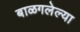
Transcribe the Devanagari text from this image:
बाळगलेल्या